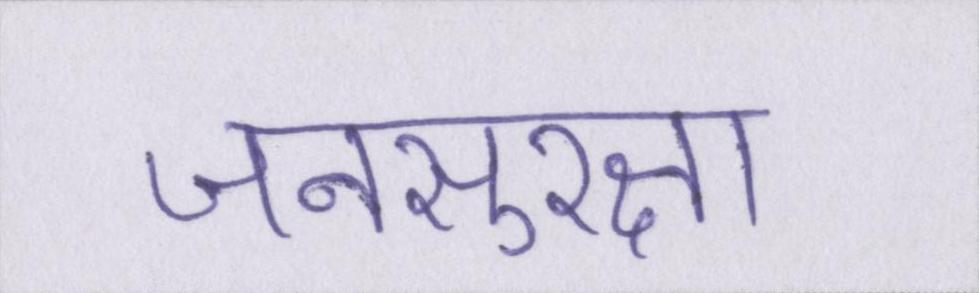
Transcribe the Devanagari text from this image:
जनसुरक्षा